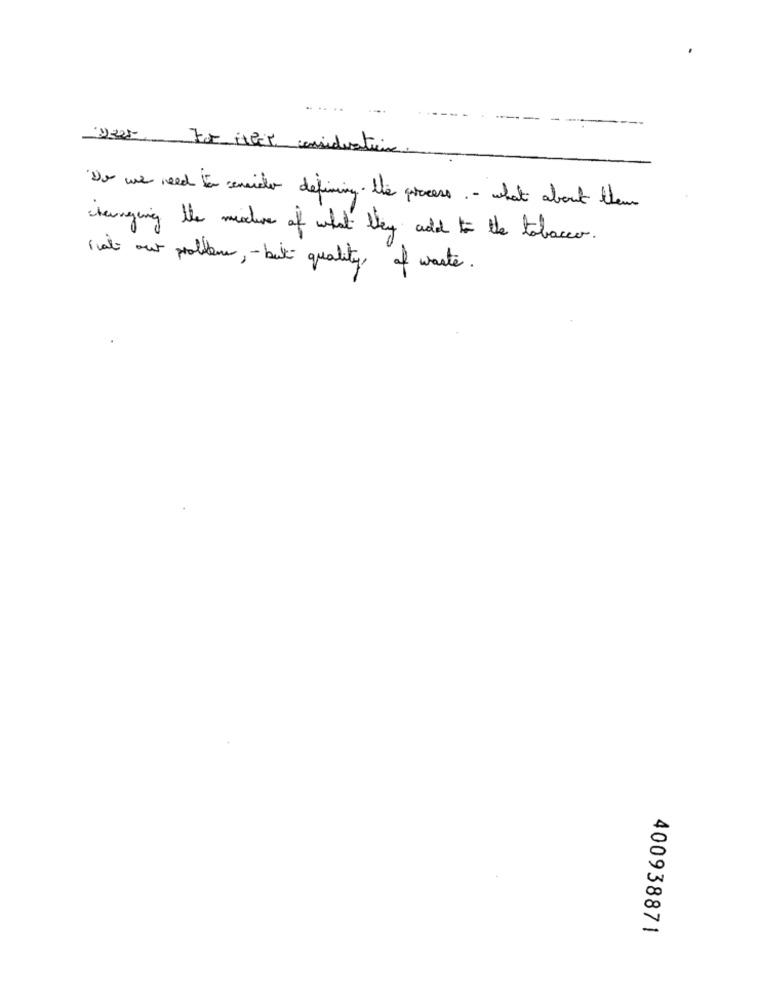
. .
1225 For illet consideration
Do we need to sencider defining . the process . - what about them
changing the mixture of what they add to the tobacco .
hab our problems ,- but quality of waste .
400938871